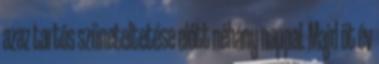
azaz tartós szüneteltetése előtt néhány nappal. Majd öt év